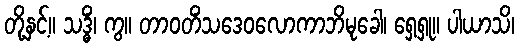
တို့နှင့်။ သဒ္ဓိံ၊ ကွ။ တာဝတိံသဒေဝလောကာဘိမုခေါ၊ ရှေ့ရှု။ ပါယာသိ၊